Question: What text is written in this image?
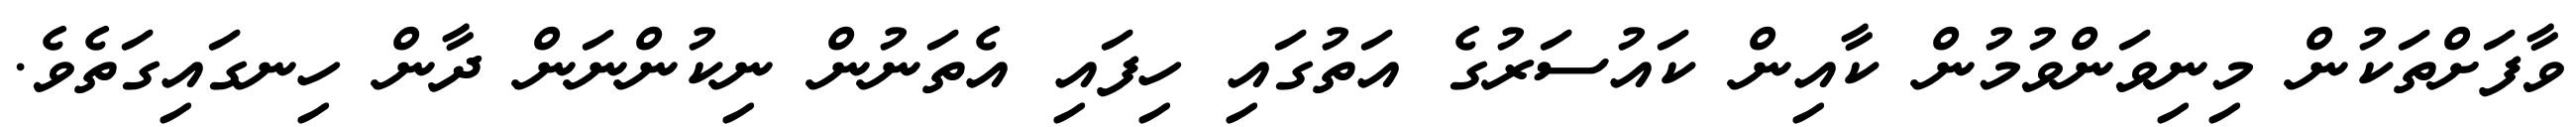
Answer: ވާފަށްތަކުން މިނިވަންވުމުން ކާއިން ކައުސަރުގެ އަތުގައި ހިފައި އެތަނުން ނިކުންނަން ދާން ހިނގައިގަތެވެ.